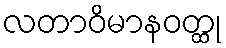
လတာဝိမာနဝတ္ထု